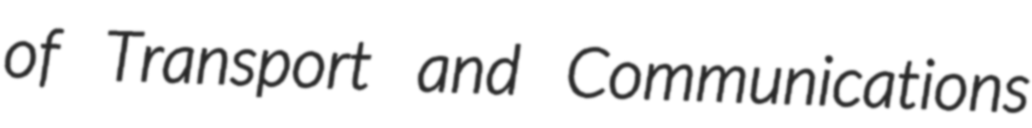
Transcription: of Transport and Communications